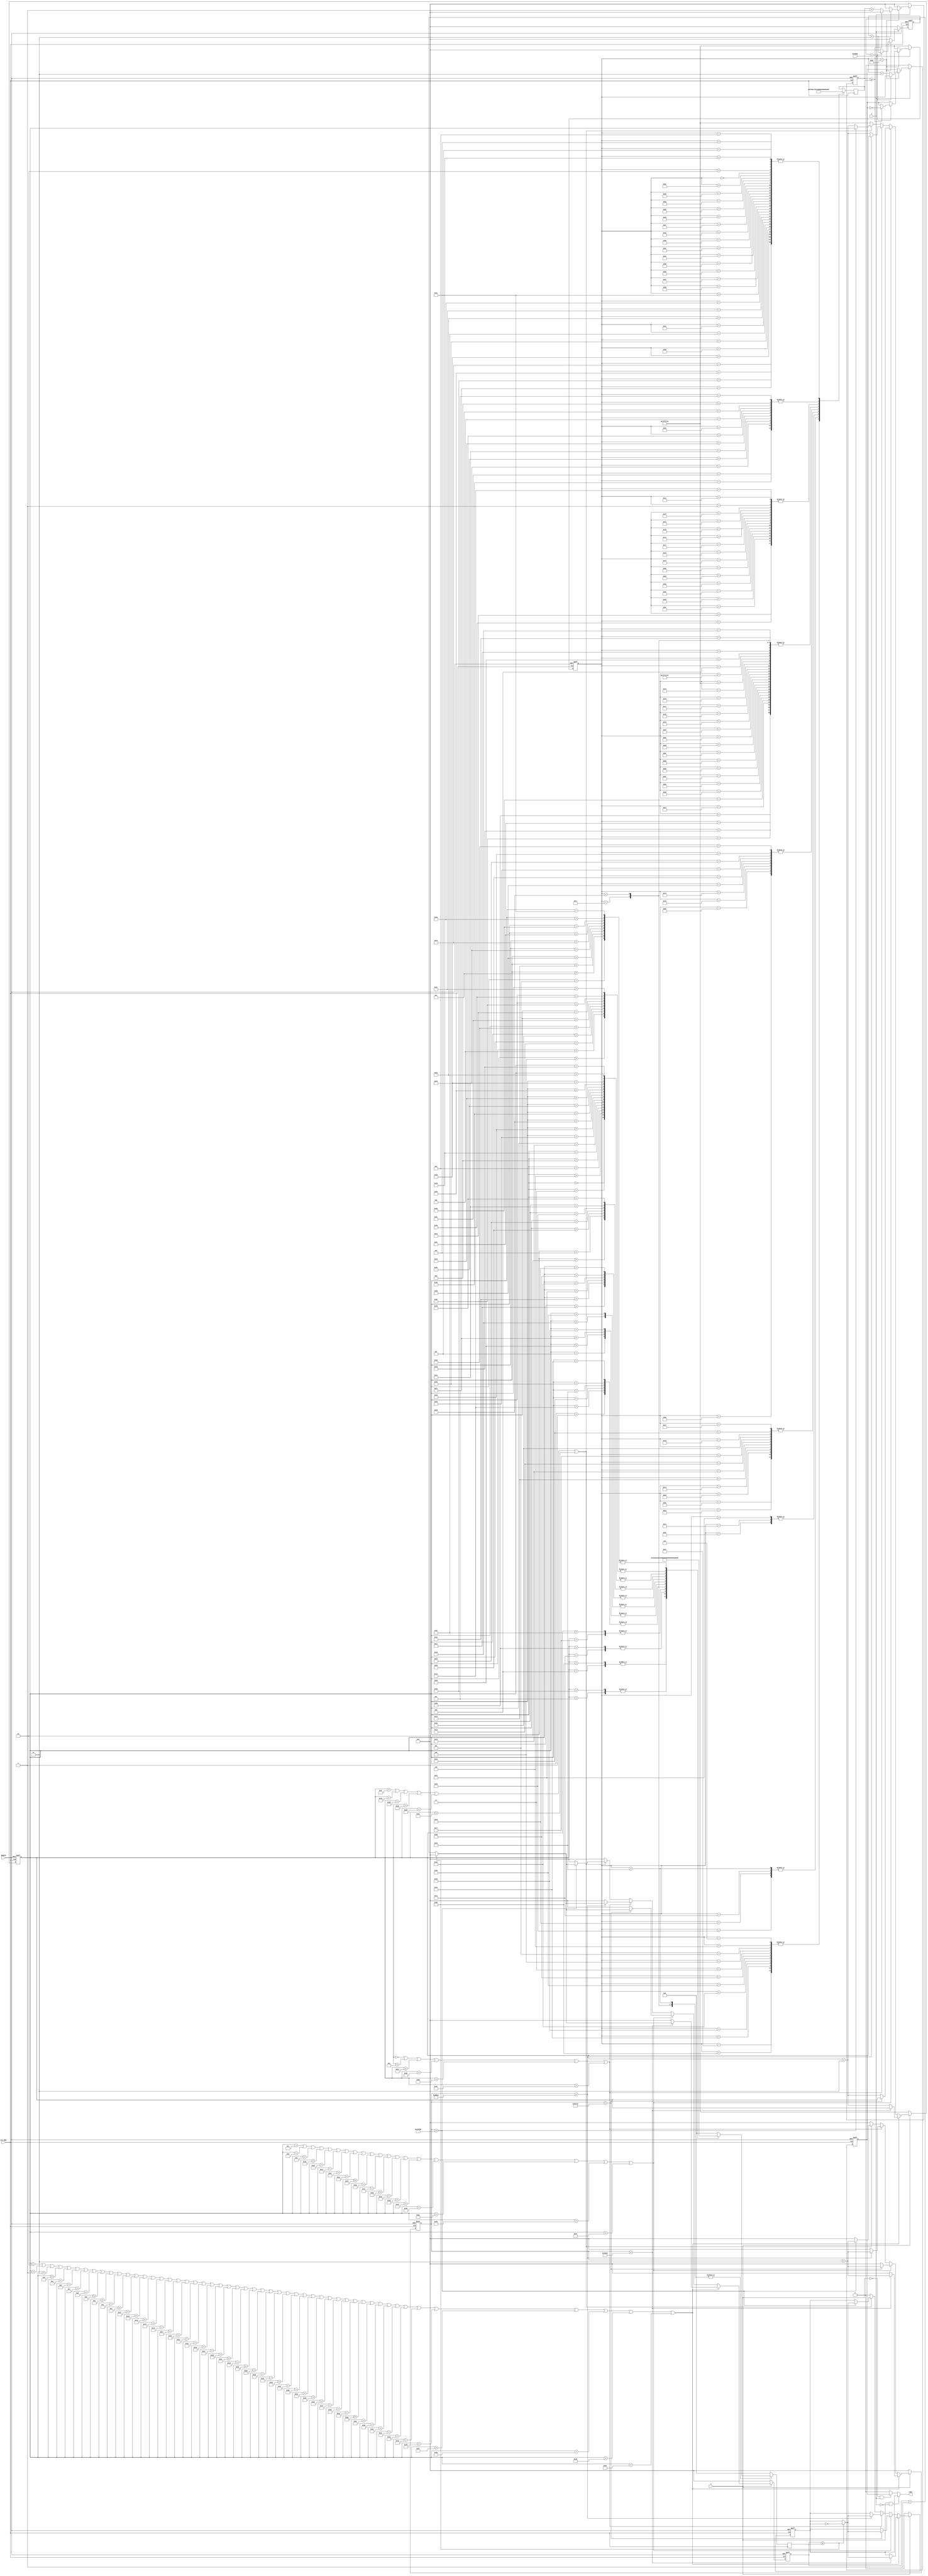
module PIEZO_reality_and_damedame(RESETN,CLK_1MHZ,A,T,SONG );

input RESETN,CLK_1MHZ,A,T;

output SONG;

reg SONG;

reg BUFF,BUFF2;
reg [10:0] freq,freq2;
reg [31:0] CNT_SOUND,CNT_SOUND2;

integer CLK_COUNT,CLK_COUNT2;
integer scale,scale2;

always @(*)
begin
if(A&&~T)
	SONG = BUFF;
else if(~A&&T)
	SONG = BUFF2;	
else 
	SONG =0;
	
end

always @( posedge CLK_1MHZ)
begin
	case(scale)
		-2: freq = 0;
		-1: freq = 0;
		0: freq = 1012;	 //
		1:	freq = 1516;	 //  0.5
		2:	freq = 955;		 //  //0.5
		3: freq = 1012;	 // 1
		4: freq = 1136;	 // 0.5
		5: freq = 1275;	 // 0.5
		6: freq = 1012;	 // 1
		7: freq = 0;	    // 0.5
		8: freq = 1607;	 //# 0.5
		9: freq = 955;		 //  0.5	 
		10: freq = 1012;	 // 1
		11: freq = 1136;	 // 0.5
		12: freq = 1275;	 // 0.5
		13: freq = 1012;	 // 2
		14: freq = 675;	 //  1.5
		15: freq = 758;	 //  0.5
		16: freq = 1012;	 //  2
		17: freq = 0;	 	 //  0.5
		18: freq = 1516;	 //  0.5
		19: freq = 1351;	 //  0.5
		20: freq = 1275;	 //  0.5
		21: freq = 1012;	 //  0.5
		22: freq = 1136;	 //  1
		23: freq = 1204;	 //#  0.5
		24: freq = 1136;	 //  1
		25: freq = 0;	 // 0.5
		26: freq = 1516;	 // 0.5
		27: freq = 758;	 //  0.5
		28: freq = 851;	 //  1
		29: freq = 902;	 // # 0.5
		30: freq = 851;	 //  1
		31: freq = 0;	 // 0.5
		32: freq = 1275;	 // 0.5
		33: freq = 851;	 //  0.5
		34: freq = 955;	 //  1
		35: freq = 1012;	 //  0.5
		36: freq = 955;	 //  1.5
		37: freq = 1012;	 //  0.5
		38: freq = 1136;	 // 2
		39: freq = 0;	 	 // 1
		40: freq = 1012;	 //  1.5
		41: freq = 1516;	 //  0.5
		42: freq = 955;	 //  //0.5
		43: freq = 1012;	 // 1
		44: freq = 1136;	 // 0.5
		45: freq = 1275;	 // 0.5
		46: freq = 1012;	 // 1
		47: freq = 0;	    // 0.5
		48: freq = 1607;	 //# 0.5
		49: freq = 955;	//  0.5	 
		50: freq = 1012;	 // 1
		51: freq = 1136;	 // 0.5
		52: freq = 1275;	 // 0.5
		53: freq = 1012;	 // 2
		54: freq = 675;	 //  1.5
		55: freq = 758;	 //  0.5
		56: freq = 1012;	 //  2
		57: freq = 0;	 	 //  0.5
		58: freq = 1516;	 //  0.5
		59: freq = 1351;	 //  0.5
		60: freq = 1275;	 //  0.5
		61: freq = 1012;	 //  0.5
		62: freq = 1136;	 //  1
		63: freq = 1204;	 //#  0.5
		64: freq = 1136;	 //  1
		65: freq = 0;	 // 0.5
		66: freq = 1516;	 // 0.5
		67: freq = 758;	 //  0.5
		68: freq = 851;	 //  1
		69: freq = 902;	 // # 0.5
		70: freq = 851;	 //  1
		71: freq = 0;	 // 0.5
		72: freq = 1275;	 // 0.5
		73: freq = 851;	 //  0.5
		74: freq = 955;	 //  1
		75: freq = 1012;	 // 0.5
		76: freq = 1136;	 // 1.5
		77: freq = 1275;	 // 0.5
		78: freq = 1275;	 // 2
		79: freq = 0;      //  1
		
		default: freq = 0;
	endcase
	
	
	case(scale2)
		-2: freq2 = 0;
		-1: freq2 = 0;	 
		0: freq2 = 955;	 //  0.25
		1: freq2 = 851;	 //  0.25
		2: freq2 = 955;	 //   0.25
		3: freq2 = 758;	 //  0.25
		4: freq2 = 758;	 //  0.25
		5: freq2 = 758;	 //  0.25
		6: freq2 = 758;	 //  0.25		
		7: freq2 = 758;	 //  0.25
		8: freq2 = 0;	 // 0.25
		8: freq2 = 0;	 // 0.25
		9: freq2 = 955;	 //   0.25
		10: freq2 = 955;	 //   0.25
		11: freq2 = 1012;	//  
		12: freq2 = 1012;	//  
		13: freq2 = 1012;	//  
		14: freq2 = 1012;	//  
		15: freq2 = 955;	 //   
		16: freq2 = 955;	 //   
		17: freq2 = 851;	 //  
		18: freq2 = 851;	 //  
		19: freq2 = 1136;	 // 0.25
		20: freq2 = 1275;	 // 0.25
		21: freq2 = 1275;	 // 
		22: freq2 = 1275;	 // 
		23: freq2 = 1275;	 // 
		24: freq2 = 1275;	 // 
		25: freq2 = 1275;	 // 
		26: freq2 = 1275;	 // 
		27: freq2 = 0;	 // 1
		28: freq2 = 0;	 // 1
		29: freq2 = 0;	 // 1
		30: freq2 = 0;	 // 1
		31: freq2 = 1275;	 // 0.25
		32: freq2 = 1431;	 //  0.25
		33: freq2 = 1516;	 //  0.25
		34: freq2 = 1431;	 //  0.25
		35: freq2 = 1431;	 //  1
		36: freq2 = 1431;	 //  1
		37: freq2 = 1431;	 //  1
		38: freq2 = 1431;	 //  1
		39: freq2 = 0;	 // 0.5
		40: freq2 = 0;	 // 0.5
		41: freq2 = 1136;	 // 0.5
		42: freq2 = 1136;	 // 0.5
		43: freq2 = 1012;	//  1
		44: freq2 = 1012;	//  1
		45: freq2 = 1012;	//  1
		46: freq2= 1012;	//  1
		47: freq2= 758;	 //  0.25
		48: freq2 = 758;	 //  0.25
		49: freq2 = 1012;	//  1
		50: freq2 = 1012;	//  1
		51: freq2 = 851;	 //  
		52:	freq2 = 955;	 //  
		53:	freq2 = 955;	 //  
		54:	freq2 = 955;	 //  
		55:	freq2 = 955;	 //  
		56:	freq2 = 955;	 //  
		57:	freq2 = 955;	 //  
		58:	freq2 = 955;	 //  
		59:	freq2 = 0;	 // 0.5
		60:	freq2 = 0;	 // 0.5
		61:	freq2 = 0;	 // 0.5
		62:	freq2 = 0;	 // 0.5
		63:	freq2 = 955;	 //  
		64:	freq2 = 851;	 // 
		65:	freq2 = 955;	 //  
		66:	freq2 = 758;	 //  0.25
		67:	freq2 = 758;	 //  0.25
		68:	freq2 = 758;	 //  0.25
		69:	freq2 = 758;	 //  0.25
		70:	freq2 = 758;	 //  0.25
		71:	freq2 = 0;	 // 0.5
		72:	freq2 = 0;	 // 0.5
		73:	freq2 = 1136;	 // 0.5
		74:	freq2 = 1012;	//  1
		75:	freq2 = 955;	 //  
		76:	freq2 = 955;	 //  
		77:	freq2 = 955;	 //  
		78:	freq2 = 955;	 //  
		79:	freq2 = 851;	 // 
		80:	freq2 = 851;	 // 
		81:	freq2 = 851;	 // 
		82:	freq2 = 851;	 // 
		83:	freq2 = 1275;	 // 0.25
		84:	freq2 = 1275;	 // 0.25
		85:	freq2 = 851;	 // 
		86:	freq2 = 851;	 // 
		87:	freq2 = 955;	 //  
		88:	freq2 = 955;	 //  
		89:	freq2 = 955;	 //  
		90:	freq2 = 955;	 //  
		91:	freq2 = 955;	 //  
		92:	freq2 = 955;	 //  
		93:	freq2 = 0;	 // 0.5
		94:	freq2 = 0;	 // 0.5
		95:	freq2= 0;	 // 0.5
		96:	freq2= 0;	 // 0.5
		97:	freq2 = 1516;	 //  0.25
		98:	freq2 = 1431;	 //  0.25
		99:	freq2 = 1275;	 // 0.25
	100:	freq2 = 1431;	 //  0.25
	101:	freq2 = 955;	 //  
	102:	freq2 = 955;	 //  
	103:	freq2 = 955;	 //  
	104:	freq2 = 955;	 //  
	105:	freq2 = 955;	 //  
	106:	freq2 = 955;	 //  
	107:	freq2 = 0;	 // 0.5
	108:	freq2 = 0;	 // 0.5
	109:	freq2 = 0;	 // 0.5
	110:	freq2 = 0;	 // 0.5
	111:	freq2 = 0;	 // 0.5
	112:	freq2 = 0;	 // 0.5
	113:	freq2 = 1516;	 //  
	114:	freq2= 1431;	 //  
	115:	freq2 = 1275;	 // 0.25
	116:	freq2 = 1431;	 //  0.25
	117:	freq2 = 851;	 // 
	118:	freq2 = 851;	 // 
	119:	freq2 = 851;	 // 
	120:	freq2 = 851;	 // 
	121:	freq2 = 851;	 // 
	122:	freq2 = 851;	 // 
	123:	freq2 = 0;	 // 0.5
	124:	freq2 = 0;	 // 0.5
	125:	freq2 = 0;	 // 0.5
	126:	freq2 = 0;	 // 0.5
	127:	freq2 = 851;	 // 
	128:	freq2 = 955;	 //  
	129:	freq2 = 1012;	//  1
	130:	freq2= 955;	 //  
	
	default: freq = 0;
	endcase		
			
end

always @(negedge RESETN or posedge CLK_1MHZ)
begin
	if(RESETN==1'b0)
		begin
				scale = -2;
				BUFF = 0;
				CNT_SOUND = 0;
				CLK_COUNT = 0;
		end
	else
		begin
			if(A)
				begin
					if( scale== -2 || scale == -1||
						 scale == 1|| scale == 2|| scale == 4|| scale == 5 || scale == 7 ||
						 scale == 8|| scale == 9|| scale == 11|| scale == 12|| scale == 15||
						 scale == 17|| scale == 18|| scale == 19|| scale == 20|| scale == 21||
						 scale ==23|| scale ==25|| scale == 26|| scale == 27|| scale == 29||
						 scale ==31|| scale ==32|| scale ==33|| scale ==35 || scale ==37 ||
						 scale ==41|| scale ==42|| scale == 44|| scale == 45|| scale == 47||
						 scale == 48|| scale == 49|| scale == 51|| scale == 52|| scale == 55||
						 scale ==57|| scale ==58|| scale == 59|| scale == 60|| scale == 61||
						 scale ==63|| scale ==65|| scale == 66|| scale == 67|| scale == 69||
						 scale ==71|| scale ==72|| scale == 73|| scale == 75 )
						 begin
								if( (CLK_COUNT < 300000) )        // 0.5 
									begin
										if(CNT_SOUND >= freq)  // freq  
											begin
												CNT_SOUND = 0;  // 0 
												BUFF = ~BUFF;					
												CLK_COUNT = CLK_COUNT+1; // 
											end				
										else  //freq 
											begin
												CNT_SOUND =CNT_SOUND +1; // 1 
												CLK_COUNT = CLK_COUNT+1;
											end
									end						
								else //0.5 
									begin
										CLK_COUNT = 0;	
										CNT_SOUND = 0;	
										scale = scale + 1;
									end
						end
					else if(scale == 3|| scale == 6|| scale ==10|| scale ==22 || scale ==24 ||
						 scale ==28|| scale ==30|| scale == 34|| scale == 39|| scale == 43||
						 scale == 46|| scale == 50|| scale == 62|| scale == 64|| scale == 68 ||scale == 70||
						 scale ==74|| scale ==77|| scale == 79)
							begin
								if( (CLK_COUNT < 600000) )        // 1 
									begin
										if(CNT_SOUND >= freq)  // freq  
											begin
												CNT_SOUND = 0;  // 0 
												BUFF = ~BUFF;					
												CLK_COUNT = CLK_COUNT+1; // 
											end				
										else  //freq 
											begin
												CNT_SOUND =CNT_SOUND +1; // 1 
												CLK_COUNT = CLK_COUNT+1;
											end
									end						
								else //1 
									begin
										CLK_COUNT = 0;	
										CNT_SOUND = 0;
										scale = scale + 1;
									end
							end	
					
					
					else if(scale == 0|| scale ==14|| scale ==36|| scale ==40 || scale ==54 ||
						 scale ==76)
						 begin
								if( (CLK_COUNT < 900000) )        // 1.5 
									begin
										if(CNT_SOUND >= freq)  // freq  
											begin
												CNT_SOUND = 0;  // 0 
												BUFF = ~BUFF;					
												CLK_COUNT = CLK_COUNT+1; // 
											end				
										else  //freq 
											begin
												CNT_SOUND =CNT_SOUND +1; // 1 
												CLK_COUNT = CLK_COUNT+1;
											end
									end						
								else //1.5 
									begin
										CLK_COUNT = 0;	
										CNT_SOUND = 0;	
										scale = scale + 1;
									end
							end
					
					else if(scale == 13|| scale ==16|| scale ==38|| scale ==53 || scale ==56 ||
						 scale ==78)
						 begin
								if( (CLK_COUNT < 1200000) )        // 2 
									begin
										if(CNT_SOUND >= freq)  // freq  
											begin
												CNT_SOUND = 0;  // 0 
												BUFF = ~BUFF;					
												CLK_COUNT = CLK_COUNT+1; // 
											end				
										else  //freq 
											begin
												CNT_SOUND =CNT_SOUND +1; // 1 
												CLK_COUNT = CLK_COUNT+1;
											end
									end						
								else //2 
									begin
										CLK_COUNT = 0;	
										CNT_SOUND = 0;	
										scale = scale + 1;
									end
						 end
					
				
					else      //scale  80  
						begin
							scale = -2;
							BUFF  = 0;
							CNT_SOUND = 0;
							CLK_COUNT = 0;
						end
				end
				
				else 
					begin
							scale = -2;
							BUFF  = 0;
							CNT_SOUND = 0;
							CLK_COUNT = 0;
					end
			end
end


always @(negedge RESETN or posedge CLK_1MHZ)
begin
	if(RESETN==1'b0)
		begin
				scale2= -2;
				BUFF2 = 0;
				CNT_SOUND2 = 0;
				CLK_COUNT2 = 0;
		end
	else
		begin	
			
			if(T)
				begin
					if(scale2 < 131) 
						begin
							if( (CLK_COUNT2 < 250000) )        
											begin
												if(CNT_SOUND2 >= freq2)  // freq2  
													begin
														CNT_SOUND2 = 0;  // 0 
														BUFF2 = ~BUFF2;					
														CLK_COUNT2 = CLK_COUNT2+1; // 
													end				
												else  //freq2 
													begin
														CNT_SOUND2 =CNT_SOUND2 +1; // 1 
														CLK_COUNT2 = CLK_COUNT2+1;
													end
												end						
							else //   
								begin
									CLK_COUNT2 = 0;	
									CNT_SOUND2 = 0;	
									scale2 = scale2 + 1;
								end
						end
						
						
					else
						begin
							CLK_COUNT2 = 0;	
							CNT_SOUND2 = 0;	
							scale2 = -2;
						end
				end
				
				else
					begin
						scale2= -2;
						BUFF2 = 0;
						CNT_SOUND2 = 0;
						CLK_COUNT2 = 0;
					end
	  end
end

endmodule